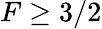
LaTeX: F\geq 3/2